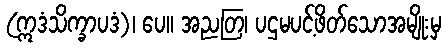
(ဣဒံသိက္ခာပဒံ)၊ ပေ။ အညတြ၊ ပဌမပင့်ဖိတ်သောအမျိုးမှ